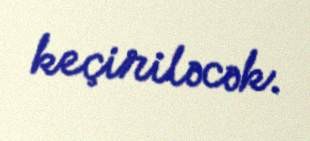
keçiriləcək.